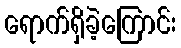
ရောက်ရှိခဲ့ကြောင်း